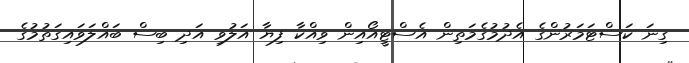
ގިނަ ކަސްޓަމަރުންގެ އެދުމުގެމަތިން އެސްޓީއޯއިން ވިއްކާ ފިޔާ އަލުވި އަދި ބިސް ބައްލަވައިގަތުމުގެ